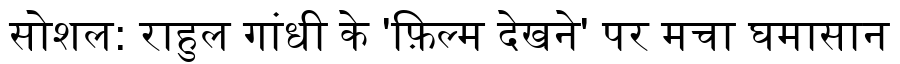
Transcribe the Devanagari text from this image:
सोशल: राहुल गांधी के 'फ़िल्म देखने' पर मचा घमासान